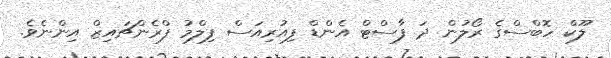
ލޫކް ހޮބްސްގެ ރޯލުން ދަ ފާސްޓް އެންޑް ފިއުރިއަސް ފިލްމު ފްރެންޗައިޒް އިންނެވެ.